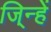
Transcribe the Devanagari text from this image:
जि्न्हें